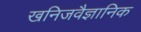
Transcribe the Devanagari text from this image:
खनिजवैज्ञानिक